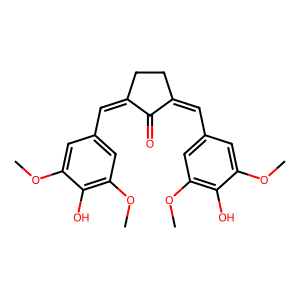
SMILES: COc1cc(C=C2CCC(=Cc3cc(OC)c(O)c(OC)c3)C2=O)cc(OC)c1O
Inhibits HIV replication: No